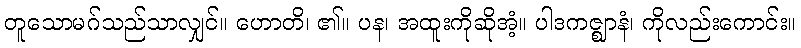
တူသောမဂ်သည်သာလျှင်။ ဟောတိ၊ ၏။ ပန၊ အထူးကိုဆိုအံ့။ ပါဒကဇ္ဈာနံ၊ ကိုလည်းကောင်း။